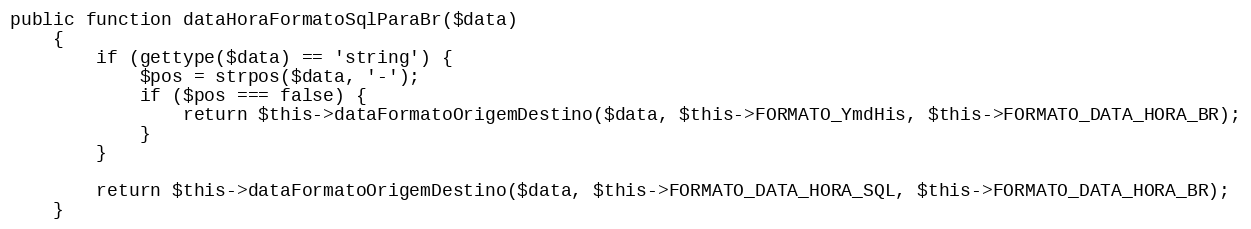
Language: PHP
public function dataHoraFormatoSqlParaBr($data)
    {
        if (gettype($data) == 'string') {
            $pos = strpos($data, '-');
            if ($pos === false) {
                return $this->dataFormatoOrigemDestino($data, $this->FORMATO_YmdHis, $this->FORMATO_DATA_HORA_BR);
            }
        }

        return $this->dataFormatoOrigemDestino($data, $this->FORMATO_DATA_HORA_SQL, $this->FORMATO_DATA_HORA_BR);
    }